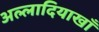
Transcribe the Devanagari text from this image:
अल्लादियाखाँ